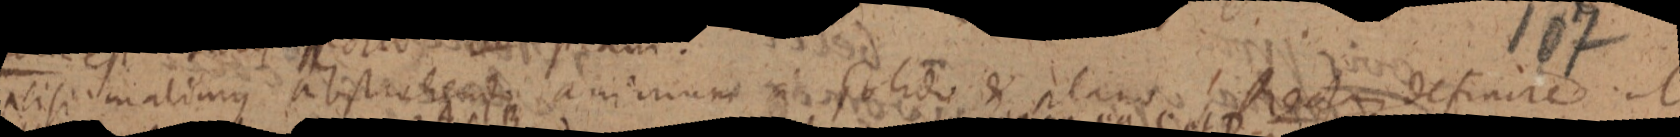
si si malimus atistraeeutu amiinium si solido & plano Rectam definire ut